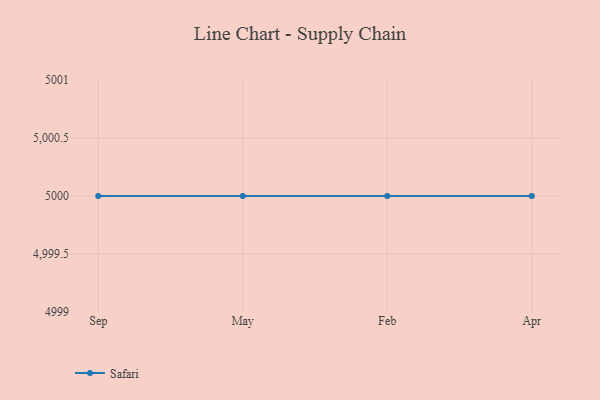
{"axis": {"x": "Month", "y": "Gross Profit (USD K)"}, "legend": ["Safari"], "data": [{"x": "Sep", "y": 5000, "type": "Safari"}, {"x": "May", "y": 5000, "type": "Safari"}, {"x": "Feb", "y": 5000, "type": "Safari"}, {"x": "Apr", "y": 5000, "type": "Safari"}]}